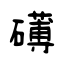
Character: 礡